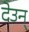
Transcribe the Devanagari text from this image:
देउन्